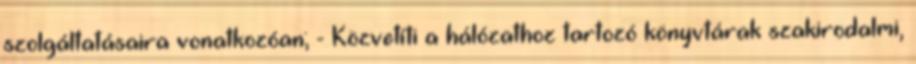
szolgáltatásaira vonatkozóan; - Közvetíti a hálózathoz tartozó könyvtárak szakirodalmi,